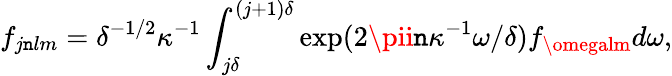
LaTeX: f_{j\mathtt{n}lm}=\delta^{-1/2}\kappa^{-1}\int_{j\delta}^{(j+1)\delta}\exp(2\pii\mathtt{n}\kappa^{-1}\omega/\delta)f_{\omegalm}d\omega,